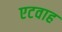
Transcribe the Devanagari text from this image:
एटवाह